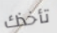
تأخذك